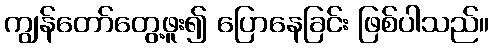
ကျွန်တော်တွေ့ဖူး၍ ပြောနေခြင်း ဖြစ်ပါသည်။